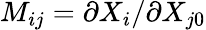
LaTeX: M_{ij}=\partial X_{i}/\partial X_{j0}